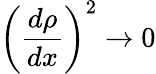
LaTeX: \left(\frac{d\rho}{dx}\right)^{2}\to 0